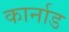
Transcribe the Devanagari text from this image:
कार्नाड